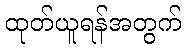
ထုတ်ယူရန်အတွက်